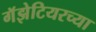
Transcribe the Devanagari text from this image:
गॅझेटियरच्या